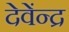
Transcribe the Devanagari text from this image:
देवेंन्द्र